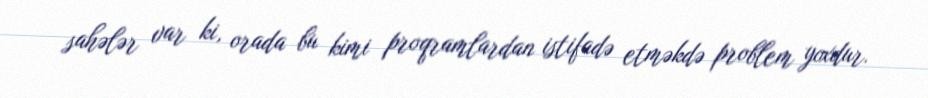
sahələr var ki, orada bu kimi proqramlardan istifadə etməkdə problem yoxdur.